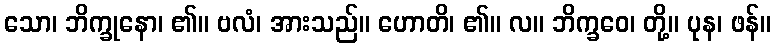
သော၊ ဘိက္ခုနော၊ ၏။ ဗလံ၊ အားသည်။ ဟောတိ၊ ၏။ လ။ ဘိက္ခဝေ၊ တို့။ ပုန၊ ဖန်။